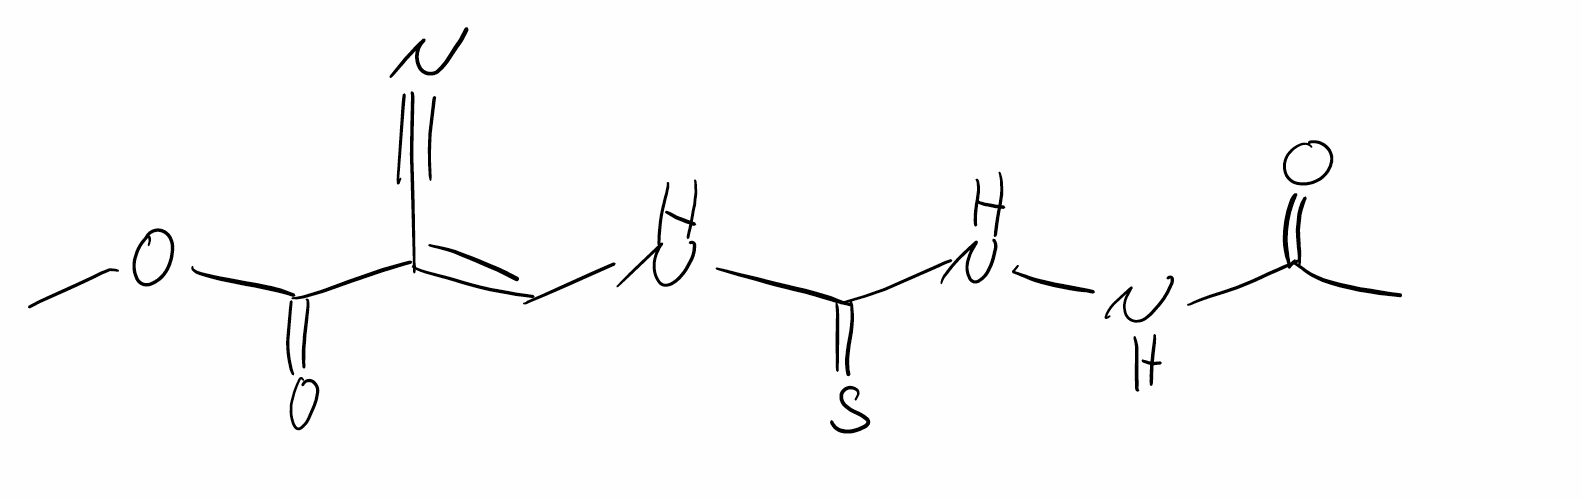
Simplified molecular-input line-entry system (SMILES) notation of the given molecule:
CC(=O)NNC(=S)N/C=C(\C#N)/C(=O)OC